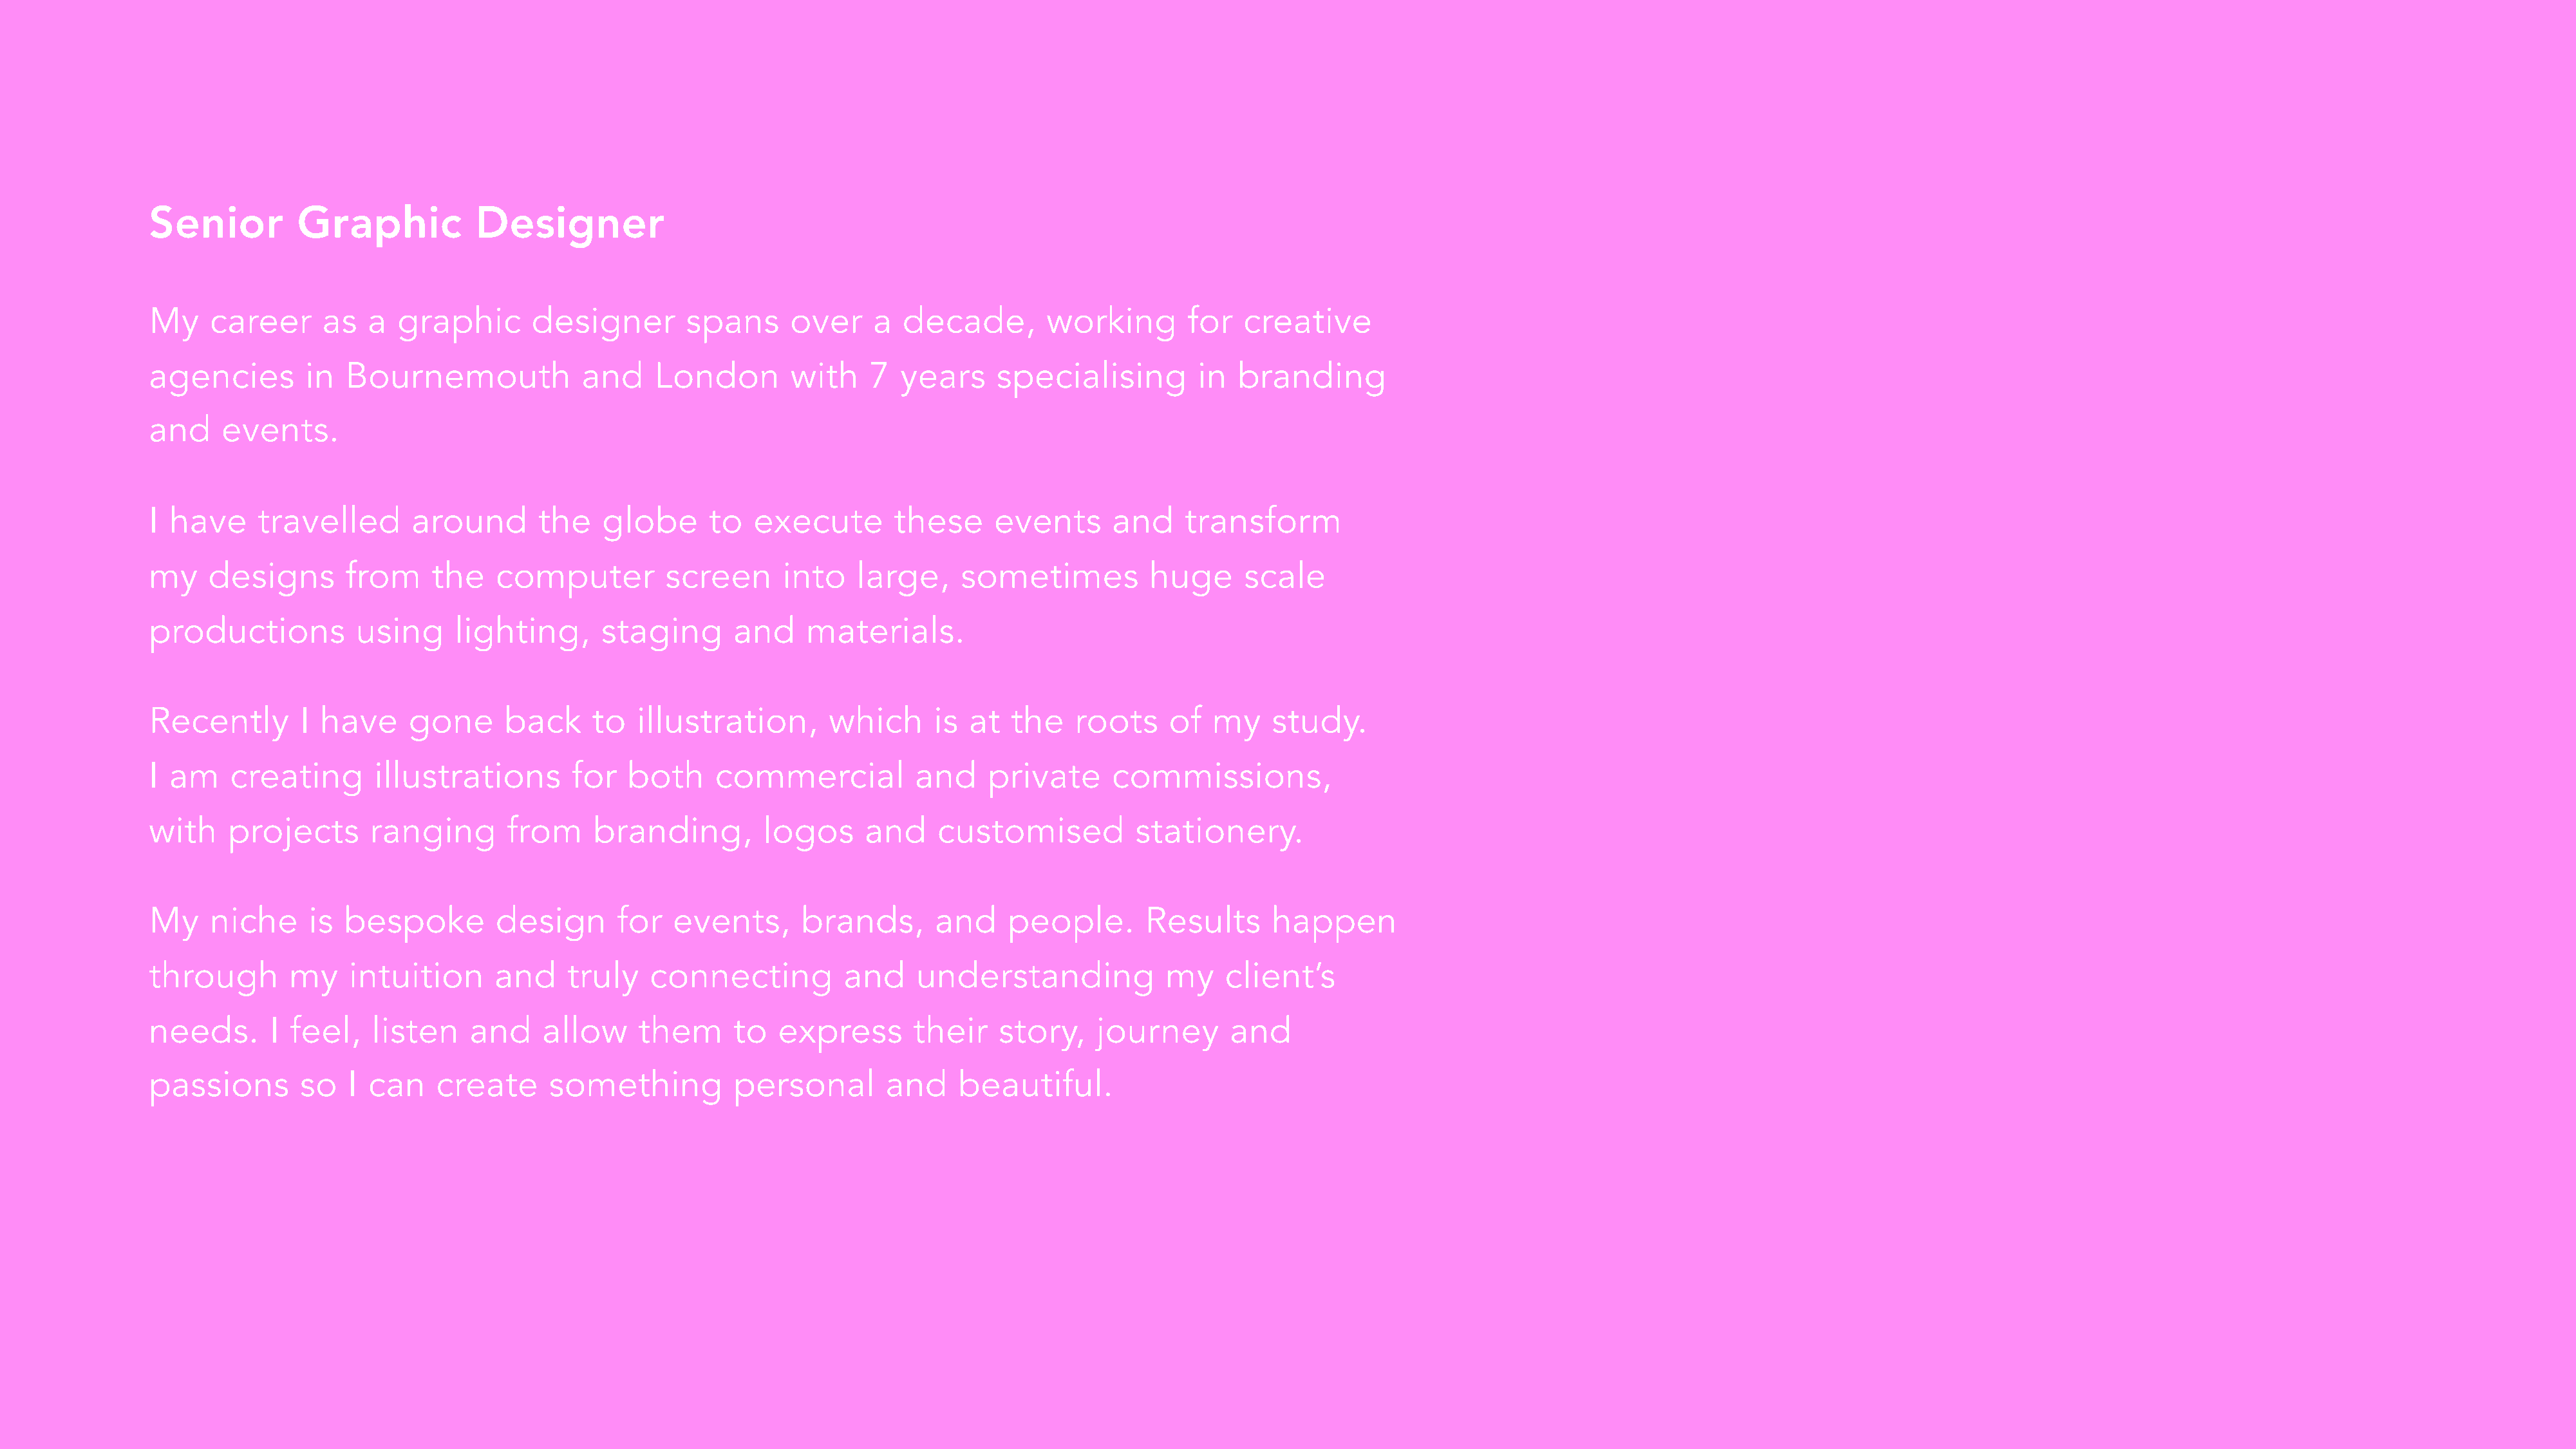
Senior          Graphic           Designer
 My     career     as   a  graphic       designer        spans     over     a  decade,        working       for   creative
 agencies        in  Bournemouth              and    London        with    7   years    specialising         in  branding
 and     events.
 I have     travelled       around       the    globe      to  execute        these     events      and     transform
 my    designs        from    the    computer         screen      into    large,     sometimes          huge      scale
 productions           using     lighting,      staging      and     materials.
 Recently        I have     gone      back     to  illustration,       which      is  at  the   roots     of   my    study.
 I am     creating      illustrations        for  both      commercial          and     private     commissions,
 with    projects       ranging       from     branding,        logos      and    customised           stationery.
 My     niche     is bespoke         design      for   events,      brands,       and     people.       Results      happen
 through        my    intuition      and    truly    connecting          and    understanding             my    client’s
 needs.       I feel,   listen    and     allow     them     to   express       their    story,    journey      and
 passions        so   I can    create     something          personal        and     beautiful.